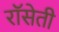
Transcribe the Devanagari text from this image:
रॉसेती